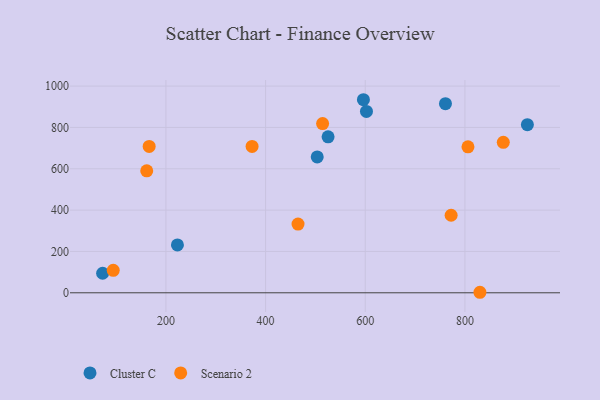
{"axis": {"x": "Study Hours", "y": "Yield"}, "legend": ["Cluster C", "Scenario 2"], "data": [{"x": "602.4", "y": 877.4, "type": "Cluster C"}, {"x": "525.4", "y": 754.5, "type": "Cluster C"}, {"x": "503.6", "y": 657.2, "type": "Cluster C"}, {"x": "223.1", "y": 231.5, "type": "Cluster C"}, {"x": "925.3", "y": 813.5, "type": "Cluster C"}, {"x": "760.9", "y": 915.0, "type": "Cluster C"}, {"x": "73.0", "y": 94.6, "type": "Cluster C"}, {"x": "596.3", "y": 934.0, "type": "Cluster C"}, {"x": "161.5", "y": 590.0, "type": "Scenario 2"}, {"x": "877.0", "y": 727.9, "type": "Scenario 2"}, {"x": "830.1", "y": 2.5, "type": "Scenario 2"}, {"x": "772.3", "y": 375.1, "type": "Scenario 2"}, {"x": "94.3", "y": 108.5, "type": "Scenario 2"}, {"x": "806.1", "y": 706.2, "type": "Scenario 2"}, {"x": "166.4", "y": 708.2, "type": "Scenario 2"}, {"x": "514.4", "y": 818.5, "type": "Scenario 2"}, {"x": "372.9", "y": 708.0, "type": "Scenario 2"}, {"x": "465.1", "y": 332.2, "type": "Scenario 2"}]}